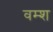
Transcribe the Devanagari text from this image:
वम्श